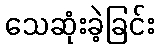
သေဆုံးခဲ့ခြင်း